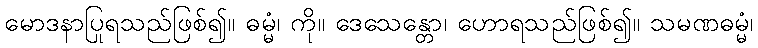
မောဒနာပြုရသည်ဖြစ်၍။ ဓမ္မံ၊ ကို။ ဒေသေန္တော၊ ဟောရသည်ဖြစ်၍။ သမဏဓမ္မံ၊